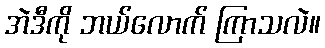
အဲဒီကို ဘယ်လောက် ကြာသလဲ။